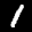
Label: 1